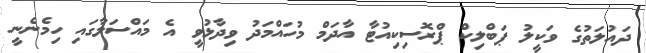
ދައުލަތުގެ ވަކީލު ޕަބްލިކް ޕްރޮސިކިއުޓާ އާދަމް މުހައްމަދު ވިދާޅުވީ އެ މައްސަލާގައި ހިމެނެނީ